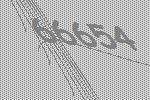
66654